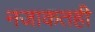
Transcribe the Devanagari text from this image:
नजाकतही